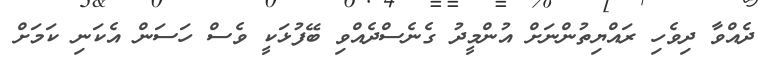
ދެއްވާ ދިވެހި ރައްޔިތުންނަށް އުންމީދު ގެނެސްދެއްވި ބޭފުޅަކީ ވެސް ހަސަން އެކަނި ކަމަށް